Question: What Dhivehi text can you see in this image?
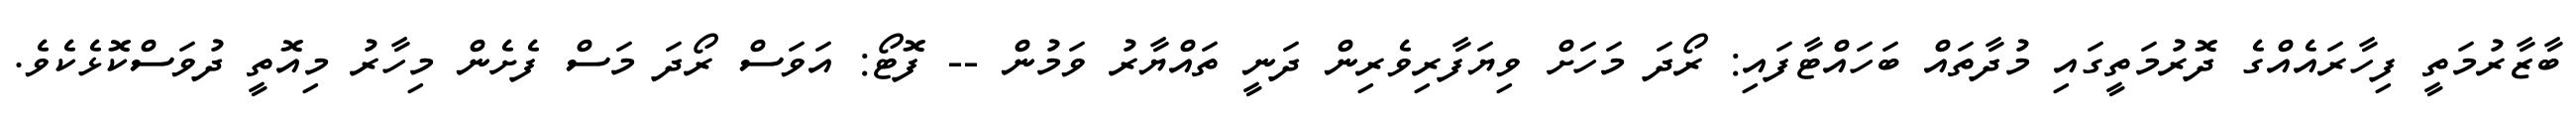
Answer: ބާޒާރުމަތީ ފިހާރައެއްގެ ދޮރުމަތީގައި މުދާތައް ބަހައްޓާފައި: ރޯދަ މަހަށް ވިޔަފާރިވެރިން ދަނީ ތައްޔާރު ވަމުން -- ފޮޓޯ: އަވަސް ރޯދަ މަސް ފެށެން މިހާރު މިއޮތީ ދުވަސްކޮޅެކެވެ.